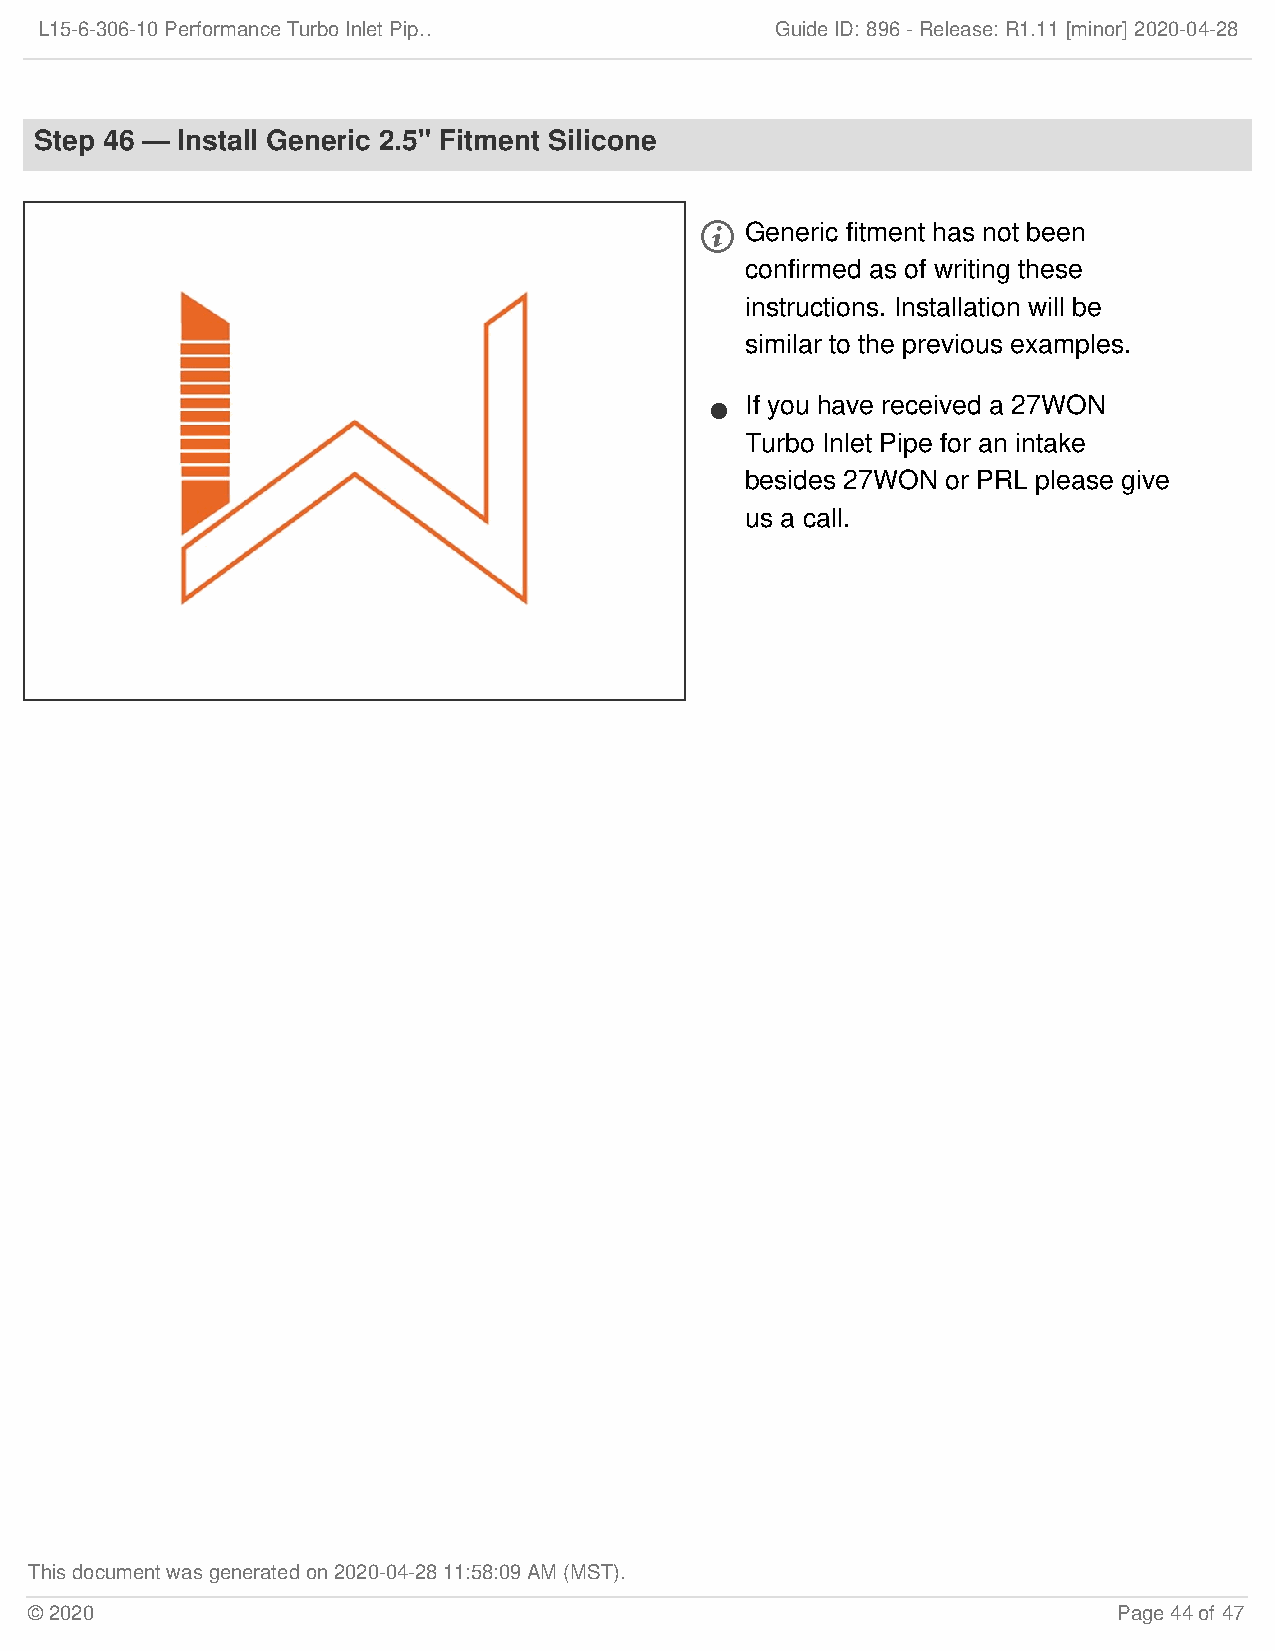
L15-6-306-10 Performance Turbo Inlet Pip…        Guide ID: 896 -Release:R1.11 [minor] 2020-04-28
 Step 46 — Install Generic 2.5" Fitment Silicone
   Generic fitment has not been
 confirmed as of writing these
 instructions. Installation will be
 similar to the previous examples.
 If you have received a 27WON
 
 Turbo Inlet Pipe for an intake
 besides 27WON or PRL please give
 us a call.
 This document was generated on 2020-04-28 11:58:09 AM (MST).
 © 2020                                                                  Page 44 of 47